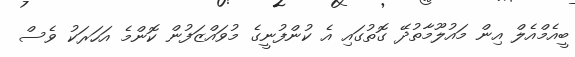
ބީއެމްއެލް އިން މައުލޫމާތުދޭ ގޮތުގައި އެ ކުންފުނީގެ މުވައްޒަފުން ކޮންމެ އަހަރަކު ވެސް